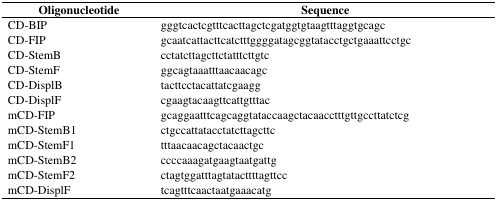
<table><thead><tr><td><b>Oligonucleotide</b></td><td><b>Sequence</b></td></tr></thead><tbody><tr><td>CD-BIP</td><td>gggtcactcgtttcacttagctcgatggtgtaagtttaggtgcagc</td></tr><tr><td>CD-FIP</td><td>gcaatcattacttcatctttggggatagcggtatacctgctgaaattcctgc</td></tr><tr><td>CD-StemB</td><td>cctatcttagcttctatttcttgtc</td></tr><tr><td>CD-StemF</td><td>ggcagtaaatttaacaacagc</td></tr><tr><td>CD-DisplB</td><td>tacttcctacattatcgaagg</td></tr><tr><td>CD-DisplF</td><td>cgaagtacaagttcattgtttac</td></tr><tr><td>mCD-FIP</td><td>gcaggaatttcagcaggtataccaagctacaacctttgttgccttatctcg</td></tr><tr><td>mCD-StemB1</td><td>ctgccattatacctatcttagcttc</td></tr><tr><td>mCD-StemF1</td><td>tttaacaacagctacaactgc</td></tr><tr><td>mCD-StemB2</td><td>ccccaaagatgaagtaatgattg</td></tr><tr><td>mCD-StemF2</td><td>ctagtggatttagtatacttttagttcc</td></tr><tr><td>mCD-DisplF</td><td>tcagtttcaactaatgaaacatg</td></tr></tbody></table>